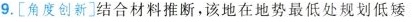
9.[角度创新]结合材料推断，该地在地势最低处规划低矮